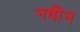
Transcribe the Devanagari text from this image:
नषीन